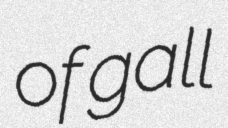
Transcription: of gall